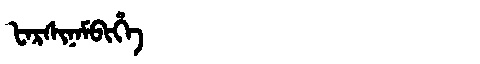
Manchu: ᡶᠠᡵᠰᡳᠨᠠᠮᠪᡳᡥᡝ
Romanization: FARSINAMBIHE